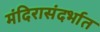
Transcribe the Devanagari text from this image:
मंदिरासंदर्भात